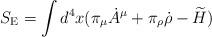
LaTeX: \begin{align*}S_{\rm E}=\int d^4x (\pi_\mu\dot{A}^\mu+\pi_\rho\dot{\rho}-\widetilde{H})\end{align*}